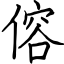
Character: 傛